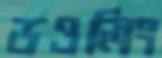
ডওলিং